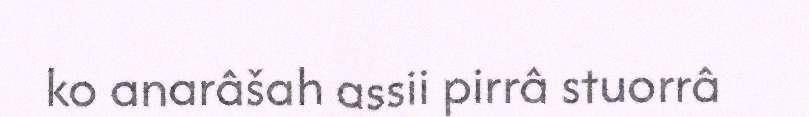
ko anarâšah assii pirrâ stuorrâ